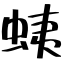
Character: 蛦